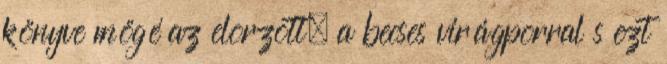
könyve mögé az elorzott, a becses virágporral s ezt